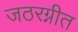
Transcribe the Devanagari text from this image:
जठरग्नीत